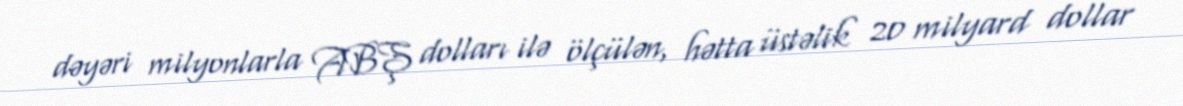
dəyəri milyonlarla ABŞ dolları ilə ölçülən, hətta üstəlik 20 milyard dollar